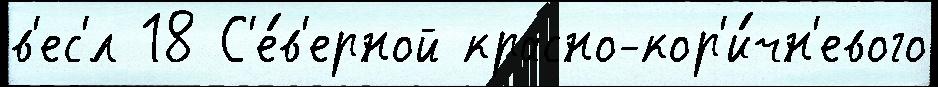
в'ес'́л 18 С'е́в'ерной красно-кор'и́чн'евого